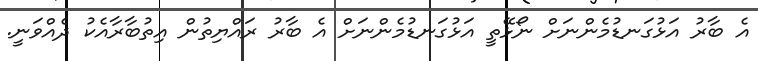
އެ ބާރު އަޅުގަނޑުމެންނަށް ނޯޅޭތީ އަޅުގަނޑުމެންނަށް އެ ބާރު ރައްޔިތުން އިތުބާރާއެކު ދެއްވަނީ.